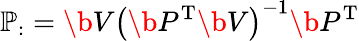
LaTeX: \mathbb{P}_{:}=\b{V}\left(\b{P}^{\mathrm{T}}\b{V}\right)^{-1}\b{P}^{\mathrm{T}}